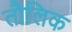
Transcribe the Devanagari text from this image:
तौलिक